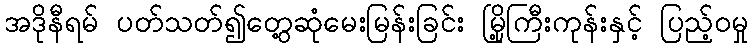
အဒိုနီရမ် ပတ်သတ်၍တွေ့ဆုံမေးမြန်းခြင်း မြို့ကြီးကုန်းနှင့် ပြည့်ဝမှု